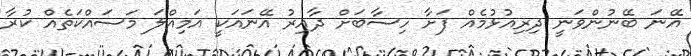
އޭނަ ބޭނުންވަނީ ދިރިއުޅުމެއް ފަށާ ހިސާބަށް ދާއިރު އޭނައަކީ އަމިއްލަ މަސައްކަތެއް ކުރާ